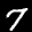
Label: 7